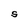
Character: S